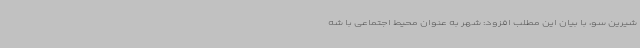
شیرین سو، با بیان این مطلب افزود: شهر به عنوان محیط اجتماعی با شه